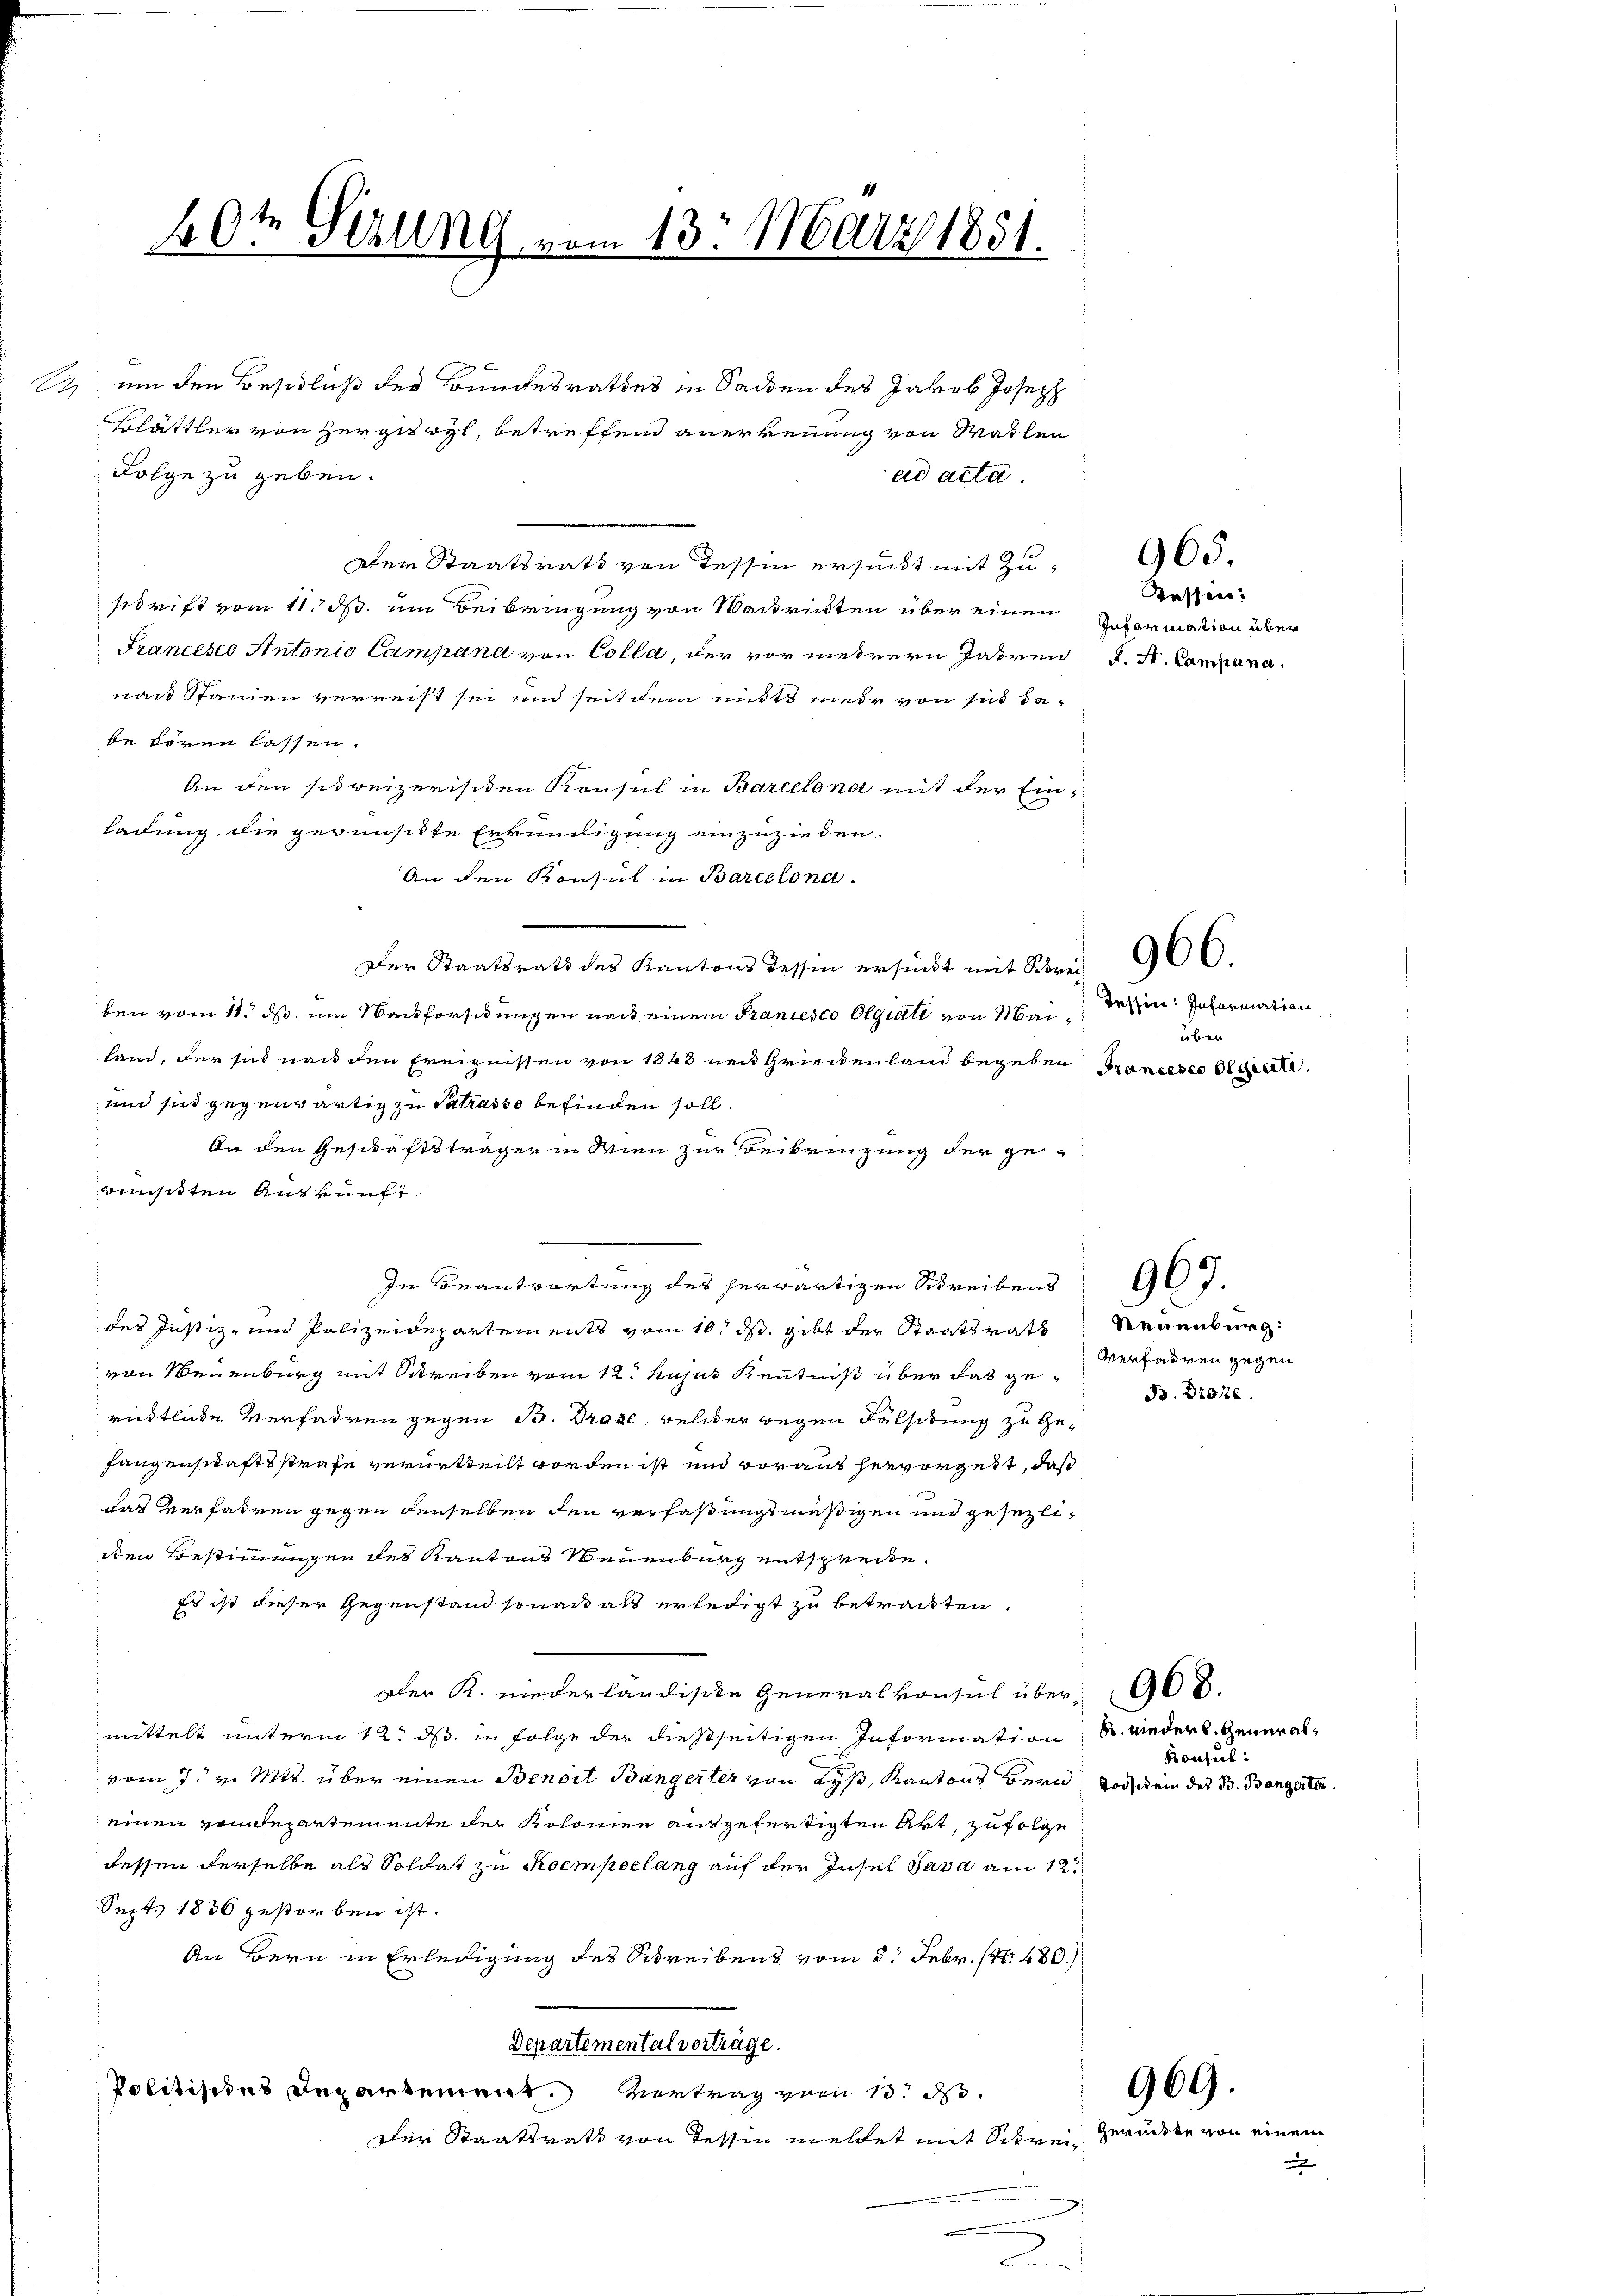
S

20t Sizung vom 13. März 1851.

um den Beschluß der Bundesrathes in Sachen des Jakob Joseph
Blättler von Hergisoyl, betreffend anerkennung von Wahlen
Folge zu geben.
ad acta.
alen Staatsrath von Tessin ersucht mit Zustritt vom 11. ds. um Beibringung von Waitritten über einen
Francesco Antonio Campana von Colla, der vor mehrern Jahren
nan Stanien verreist sei und seitdem nitt mehr von sind dabe hören lassen.
An den schreizerischen Konsul in Barcelona mit der Einladung, die gewünsitte Erkundigung einzuzieden.
An den Konsul in Barcelona.
Der Staatsrats des Kantons Tessin ersucht mit Fr. 906.
ben vom 11. ds. um Nachforschungen nach einem Francesco Olgiati von Meiland, der sich nach den Ereignissen von 1848 nen Grieckenland begeben, Trancesco Ograte
und sich gegenwärtig zu Patrasso befinden soll.
An den Geschäftsträger in Wien zur Beibringung der ge-
ünsitten Auskunft.
In Beantwortung des herwärtigen Schreibens
des Justiz- und Polizeidepartements vom 10. ds gibt der Staatsrath
von Neuenburg mit Schreiben vom 12. hujus Kenntnis über das geritliche Verfahren gegen B. Drase, welcher wegen Falsitung zu Gefangenschaftsstrafe verurtheilt worden ist und voraus hervorgest, daß
das Verfahren gegen denselben den verfaßungsmäßigen und gesezlidden Bestimmungen des Kantons Neuenburg entsprechte.
Es ist dieser Gegenstand sona als erledigt zu betrackten.
Der K. niederländische Generalkonsul über 900.
mittelt unterm 12. ds in Folge der dießseitigen Information u. nieder l. Generalvom 7. v. Mts. über einen Benoit Bangerter von Lyß, Kantons Bern Jodschein des B. Bangerter
einen Handepartemente der Kolonien ausgefertigten Akt, zufolge
dessen derselbe als Soldat zu Koempoelang auf der Insel Sava am 12te
Sept. 1836 gestorben ist.
An Bern in Erledigung des Schreibens vom 5. Febr. (N. 480.)
Departemental vorträge.
Politisies Departement. Vortrag vom 13. d.
ther Staatsrath von Tessin meldet mit Schrei zurückte von einem

Kessen:
Information über
F. S. Campana.

965.

Tessire. Information
über

Reuenburg
Verfahren gegen
B. Drohe

967.

Konsul

969.

n